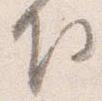
下